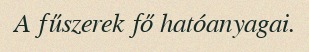
A fűszerek fő hatóanyagai.